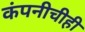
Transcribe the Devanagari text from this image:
कंपनीचीही